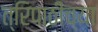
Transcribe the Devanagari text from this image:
त्रिपाठींच्या